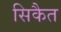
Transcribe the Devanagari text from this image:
सिकैत